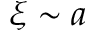
\xi \sim a